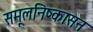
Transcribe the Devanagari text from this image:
समूलनिष्कासन